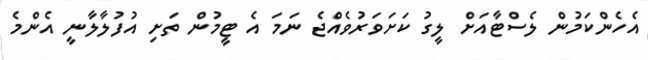
އެހެންކަމުން ލެސްޓާއަށް ލީގު ކަށަވަރުވެއްޖެ ނަަމަ އެ ޓީމުން ތަށި އުފުލާލާނީ އެންމެ